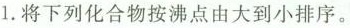
1.将下列化合物按沸点由大到小排序。